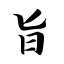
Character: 旨